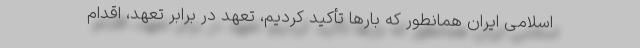
اسلامی ایران همانطور که بارها تأکید کردیم، تعهد در برابر تعهد، اقدام